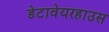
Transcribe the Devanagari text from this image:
डेटावेयरहाउस